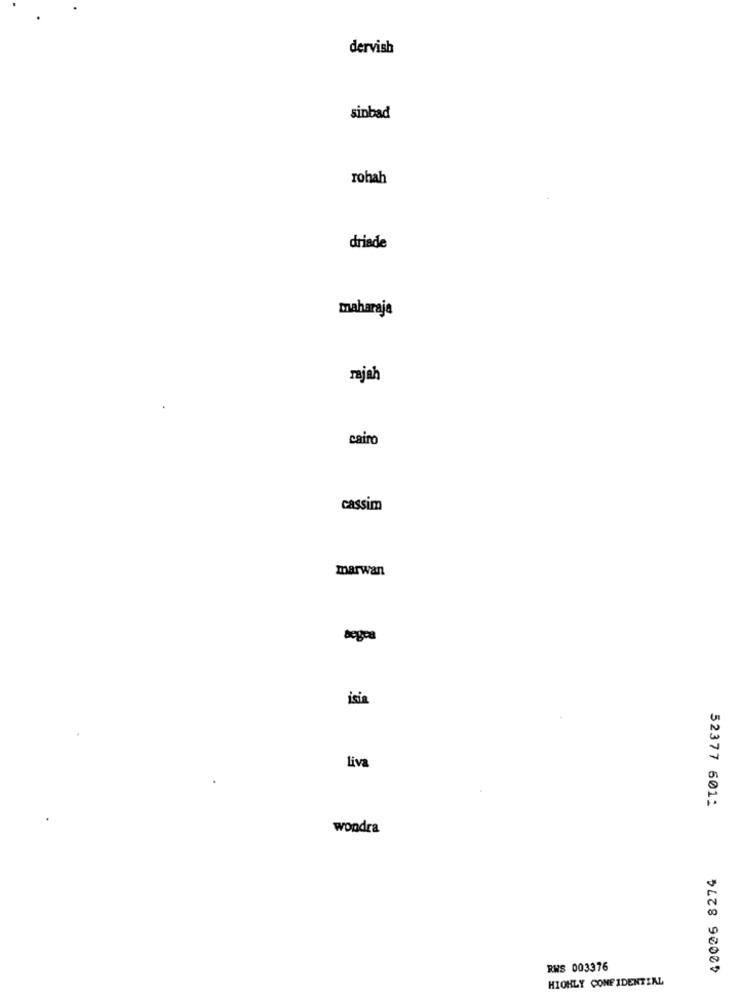
dervish
sinbad
rohah
driade
maharaja
rajah
cairo
cassim
marwan
isia
liva
52377 601:
wondra
42026 8274
RWS 003376
HIGHLY CONFIDENTIAL